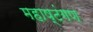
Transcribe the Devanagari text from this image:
महाष्टंगण